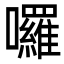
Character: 囉